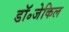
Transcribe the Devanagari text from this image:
डॉ॰जेकिल